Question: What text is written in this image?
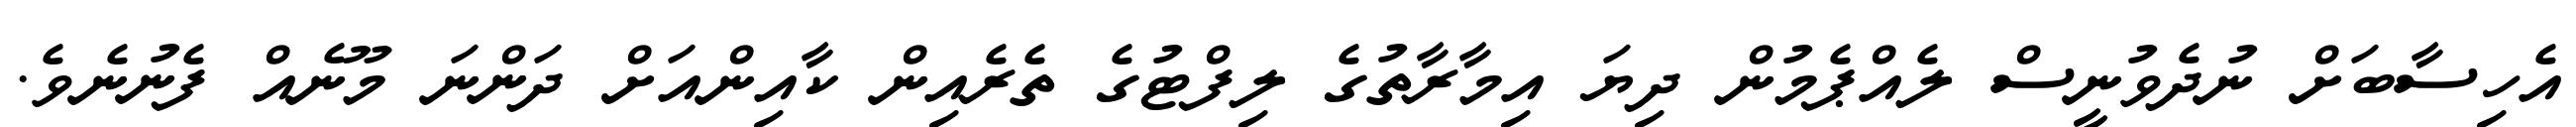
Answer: އެހިސާބަށް ނުދެވުނީސް ލެއްޕެމުން ދިޔަ އިމާރާތުގެ ލިފްޓުގެ ތެރެއިން ކާއިންއަށް ދަންނަ މޫނެއް ފެނުނެވެ.